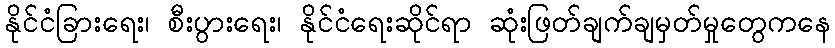
နိုင်ငံခြားရေး၊ စီးပွားရေး၊ နိုင်ငံရေးဆိုင်ရာ ဆုံးဖြတ်ချက်ချမှတ်မှုတွေကနေ